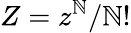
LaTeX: Z=z^{\mathbb{N}}/\mathbb{N}!